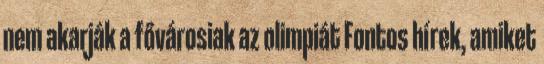
nem akarják a fővárosiak az olimpiát Fontos hírek, amiket